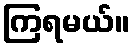
ကြရမယ်။